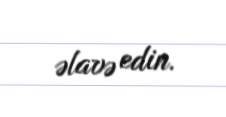
əlavə edin.